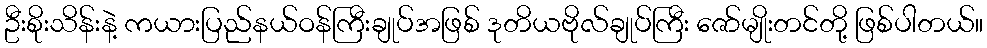
ဦးစိုးသိန်းနဲ့ ကယားပြည်နယ်ဝန်ကြီးချုပ်အဖြစ် ဒုတိယဗိုလ်ချုပ်ကြီး ဇော်မျိုးတင်တို့ ဖြစ်ပါတယ်။